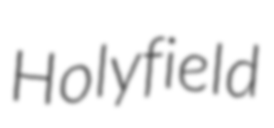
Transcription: Holyfield